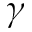
\gamma